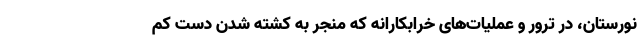
نورستان، در ترور و عملیات‌های خرابکارانه که منجر به کشته شدن دست کم